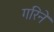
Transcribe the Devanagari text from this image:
गरिने